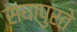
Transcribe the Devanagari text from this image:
संघापुरते